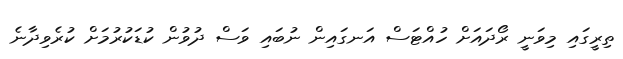
ތިރީގައި މިވަނީ ރޯދައަށް ހުއްޓަސް އަނގައިން ނުބައި ވަސް ދުވުން ކުޑަކުރުމަށް ކުރެވިދާނެ